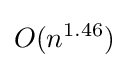
O(n^{1.46})